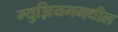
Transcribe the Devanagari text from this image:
म्युझियममधील